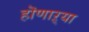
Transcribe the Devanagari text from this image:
हॊणाऱ्या